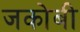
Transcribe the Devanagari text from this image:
जकोबी